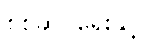
စစ်ဆင်ရေးနှင့်